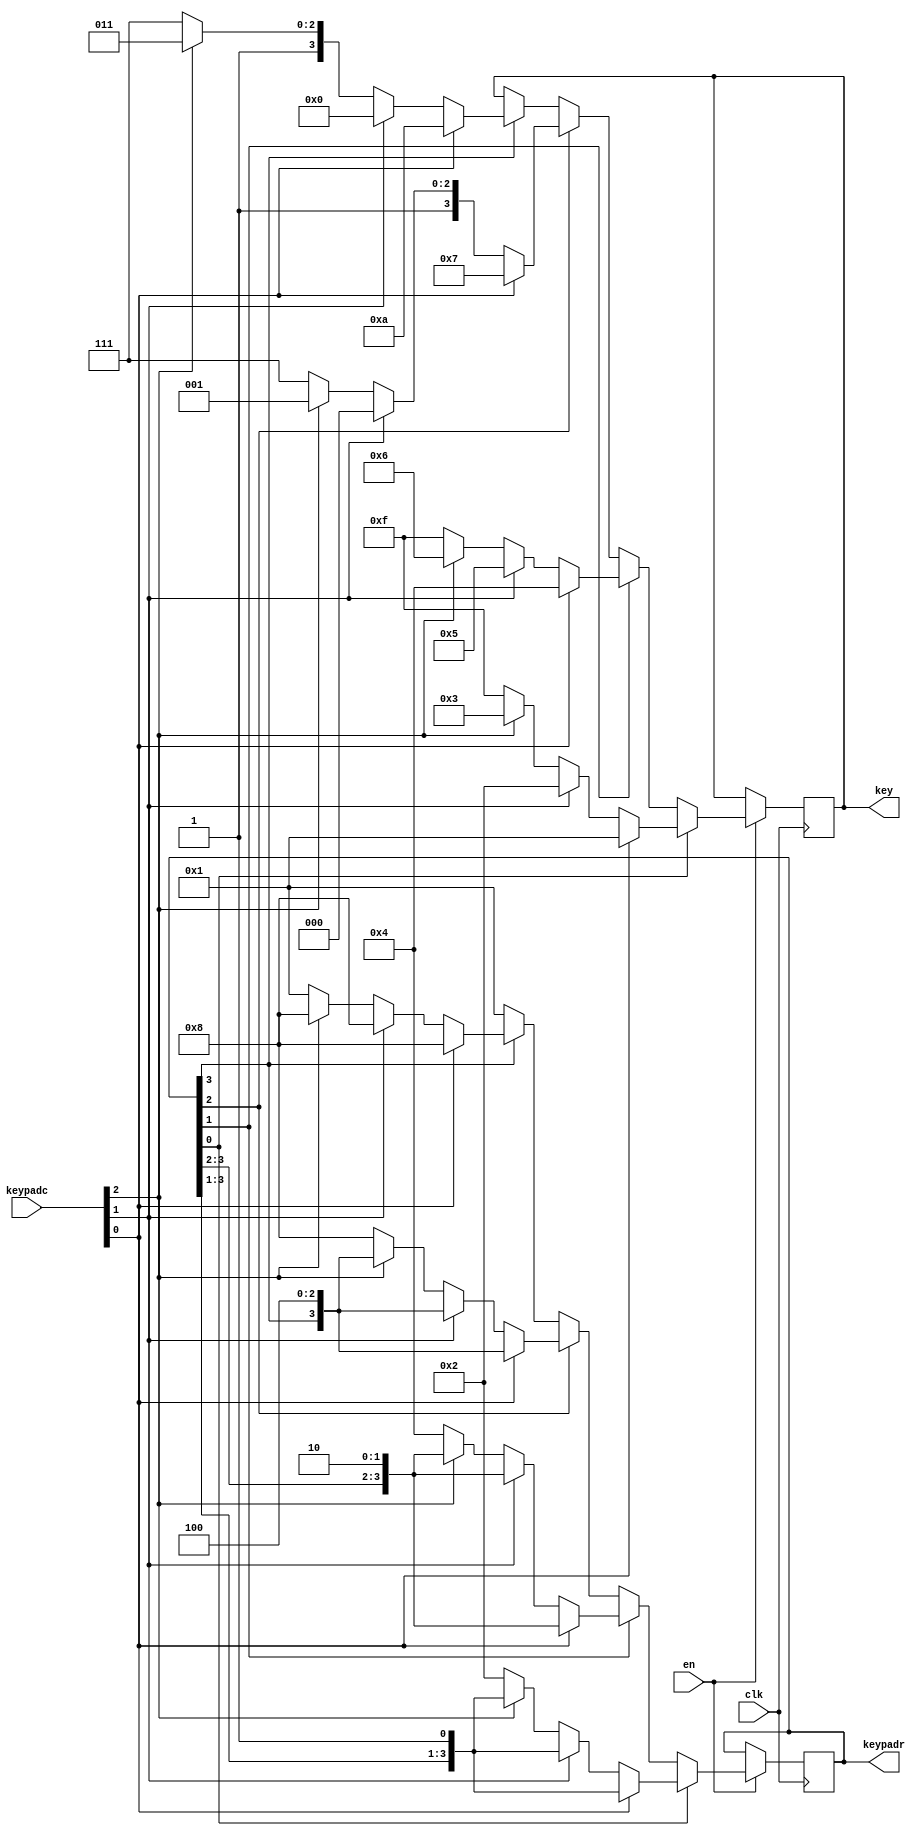
module keypad3c4r (
    input clk, // Suggestion: below 50 Hz.
    input en,
    input [2:0] keypadc, // They should receive signals when specific keys are pressed.
    output reg [3:0] keypadr, // They should send signals in turns.
    output reg [3:0] key // 0 to 9, `*`, `#`, null, null, null, null
);

always @(posedge clk) begin
    if (en) begin
        casez (keypadr)
            4'b???1: begin
                casez (keypadc)
                    3'b??1: key <= 4'h1;
                    3'b?1?: key <= 4'h2;
                    3'b1??: key <= 4'h3;
                    default: begin
                        key <= 4'hf;
                        keypadr <= 4'b0010;
                    end
                endcase
            end
            4'b??1?: begin
                casez (keypadc)
                    3'b??1: key <= 4'h4;
                    3'b?1?: key <= 4'h5;
                    3'b1??: key <= 4'h6;
                    default: begin
                        key <= 4'hf;
                        keypadr <= 4'b0100;
                    end
                endcase
            end
            4'b?1??: begin
                casez (keypadc)
                    3'b??1: key <= 4'h7;
                    3'b?1?: key <= 4'h8;
                    3'b1??: key <= 4'h9;
                    default: begin
                        key <= 4'hf;
                        keypadr <= 4'b1000;
                    end
                endcase
            end
            4'b1???: begin
                casez (keypadc)
                    3'b??1: key <= 4'ha;
                    3'b?1?: key <= 4'h0;
                    3'b1??: key <= 4'hb;
                    default: begin
                        key <= 4'hf;
                        keypadr <= 4'b0001;
                    end
                endcase
            end
            default: keypadr <= 4'b0001;
        endcase
    end
end

endmodule